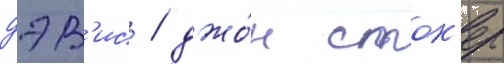
дэв'ис / джо́н сток'ер